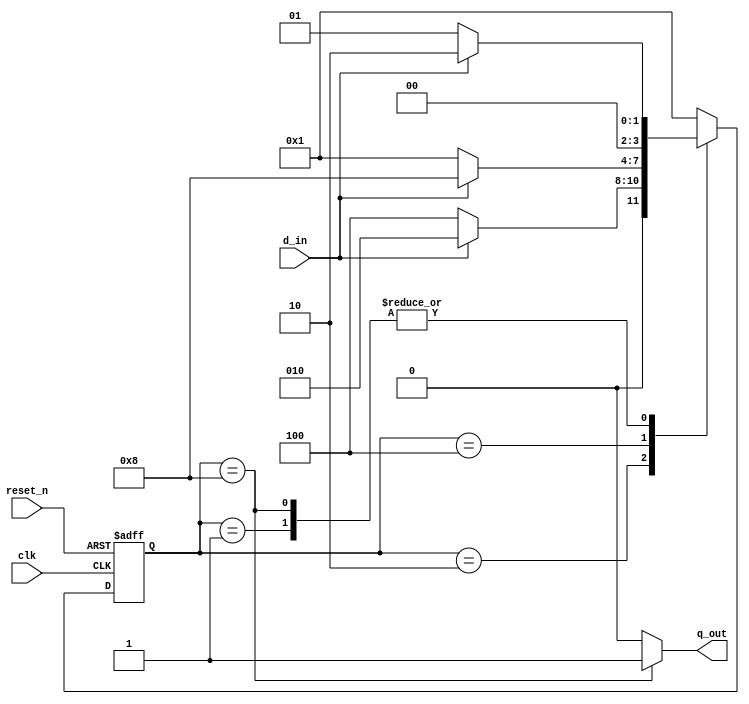
`timescale 1ns / 1ps
//////////////////////////////////////////////////////////////////////////////////
// Company: 
// Engineer: 
// 
// Design Name: 
// Module Name: lab66_101_Non_overlap_OneHot_Encode_Moore
// Project Name: 
// Target Devices: 
// Tool Versions: 
// Description: 
// 
// Dependencies: 
// 
// Revision:
// Revision 0.01 - File Created
// Additional Comments:
// 
//////////////////////////////////////////////////////////////////////////////////

//one -hot encoding

module lab66_101_Non_overlap_OneHot_Encode_Moore(
                                    input d_in, clk, reset_n,
                                    output reg q_out
    );

parameter s0 = 4'b0001, s1=4'b0010, s2=4'b0100, s3=4'b1000;         //one hot encoding
reg [3:0]present_state, next_state;


//memory block with NBA
always@(posedge clk or negedge reset_n)
begin
    if(!reset_n)
        present_state <= s0;
    else
        present_state <= next_state;
end

// Next state logic (combo block so we use Blocking Assignment)
always@*
begin
    case(present_state)
    s0 : begin
            if(d_in)
            next_state = s1;
            else
            next_state = s0;
        end
        
    s1 : begin
            if(~d_in)
            next_state = s2;
            else
            next_state = s1;
         end
         
    s2 : begin
            if(d_in)
            next_state = s3;
            else
            next_state = s0;
         end
   
    s3 : begin
            if(d_in)
            next_state = s1;
            else
            next_state = s0;
         end
    default :
            next_state = s0;
     endcase
 end
 
 // o/p combo logic
 
 always@*
 begin
    case(present_state)
    s0 : q_out = 1'b0;
    s1 : q_out = 1'b0;
    s2 : q_out = 1'b0;
    s3 : q_out = 1'b1;
    default : q_out = 1'b0;
    endcase
end
endmodule